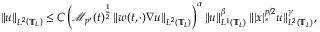
\left\| u \right\| _ { L ^ { 2 } \left( \mathbb { T } _ { L } \right) } \leq C \left( \mathcal { M } _ { p ^ { \prime } } ( t ) ^ { \frac 1 2 } \left\| w ( t , \cdot ) \nabla u \right\| _ { L ^ { 2 } \left( \mathbb { T } _ { L } \right) } \right) ^ { \alpha } \left\| u \right\| _ { L ^ { 1 } \left( \mathbb { T } _ { L } \right) } ^ { \beta } \| | x | _ { * } ^ { p / 2 } u \| _ { L ^ { 2 } \left( \mathbb { T } _ { L } \right) } ^ { \gamma } ,